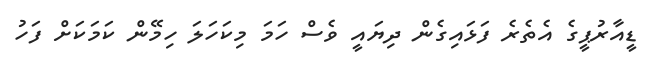
ޑީއާރުޕީގެ އެތެރެ ފަޅައިގެން ދިޔައީ ވެސް ހަމަ މިކަހަލަ ހިމޭން ކަމަކަށް ފަހު